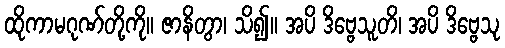
ထိုကာမဂုဏ်တို့ကို။ ဇာနိတွာ၊ သိ၍။ အပိ ဒိဗ္ဗေသူတိ၊ အပိ ဒိဗ္ဗေသု